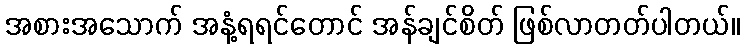
အစားအသောက် အနံ့ရရင်တောင် အန်ချင်စိတ် ဖြစ်လာတတ်ပါတယ်။